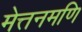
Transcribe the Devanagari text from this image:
मेत्तनमणि